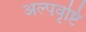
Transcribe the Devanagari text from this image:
अल्पवृष्टि